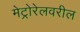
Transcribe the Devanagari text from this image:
मेट्रोरेलवरील